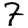
Digit: 7